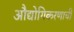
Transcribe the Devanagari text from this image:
औद्योगिकरणाची